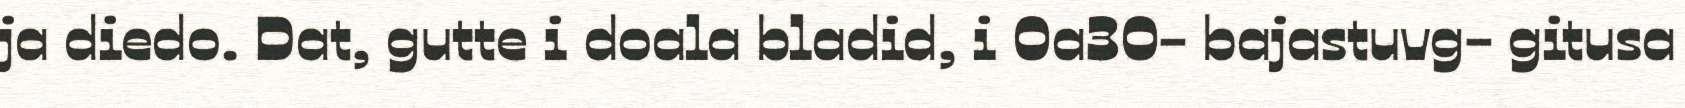
ja diedo. Dat, gutte i doala bladid, i 0a30- bajastuvg- gitusa